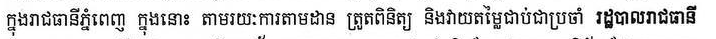
ក្នុងរាជធានីភ្នំពេញ ក្នុងនោះ តាមរយៈការតាមដាន ត្រួតពិនិត្យ និងវាយតម្លៃជាប់ជាប្រចាំ រដ្ឋបាលរាជធានី